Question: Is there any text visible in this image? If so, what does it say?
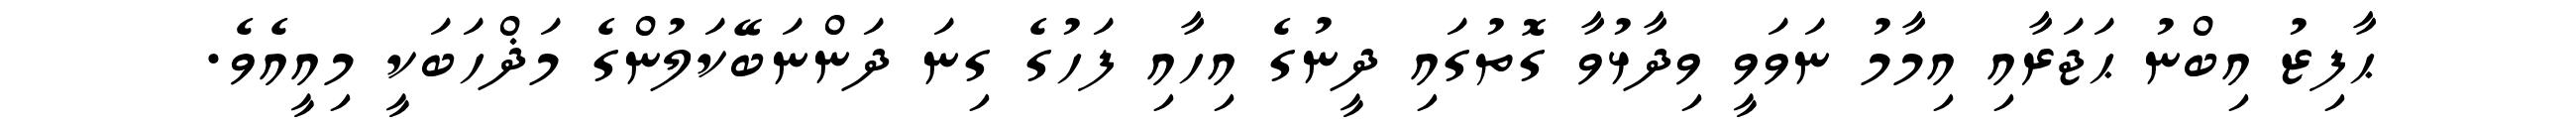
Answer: ޙާފިޒު އިބްނު ޙަޖަރާއި އިމާމު ނަވަވީ ވިދާޅުވާ ގޮތުގައި ދީނުގެ އިހާއި ފަހުގެ ގިނަ ދަންނަބޭކަލުންގެ މަޛްހަބަކީ މިއީއެވެ.